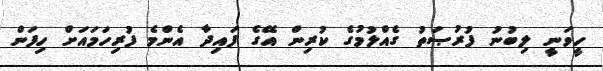
ހީވަނީ ލިބުނު ފުރުޞަތު ގެއްލުމުގެ ކުރިން އޭގެ ފައިދާ އެންމެ ފުރިހަމައަށް ހިފަން